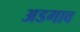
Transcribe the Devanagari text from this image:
अडगाव